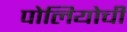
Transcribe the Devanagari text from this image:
पोलियोची